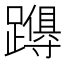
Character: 𮜚